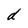
Character: d